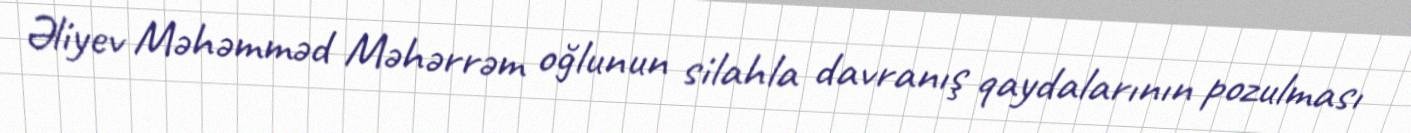
Əliyev Məhəmməd Məhərrəm oğlunun silahla davranış qaydalarının pozulması